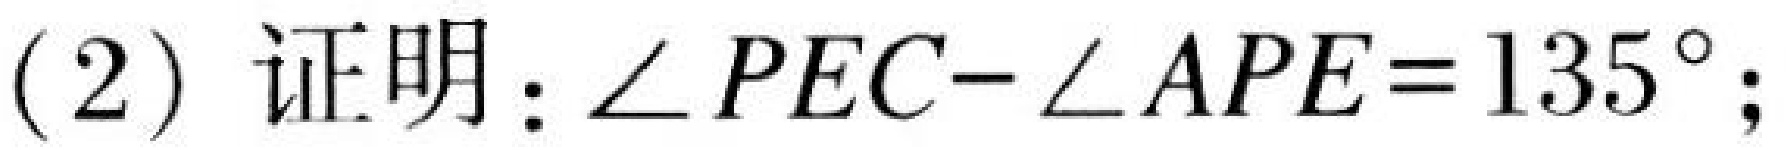
(2) 证明：\(\angle PEC - \angle APE = 135^{\circ}\);